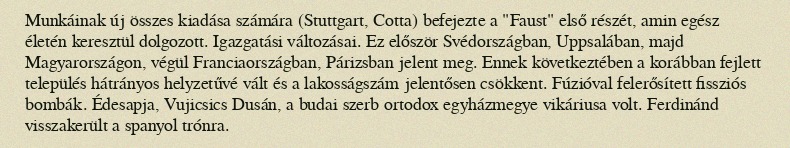
Munkáinak új összes kiadása számára (Stuttgart, Cotta) befejezte a "Faust" első részét, amin egész életén keresztül dolgozott. Igazgatási változásai. Ez először Svédországban, Uppsalában, majd Magyarországon, végül Franciaországban, Párizsban jelent meg. Ennek következtében a korábban fejlett település hátrányos helyzetűvé vált és a lakosságszám jelentősen csökkent. Fúzióval felerősített fissziós bombák. Édesapja, Vujicsics Dusán, a budai szerb ortodox egyházmegye vikáriusa volt. Ferdinánd visszakerült a spanyol trónra.